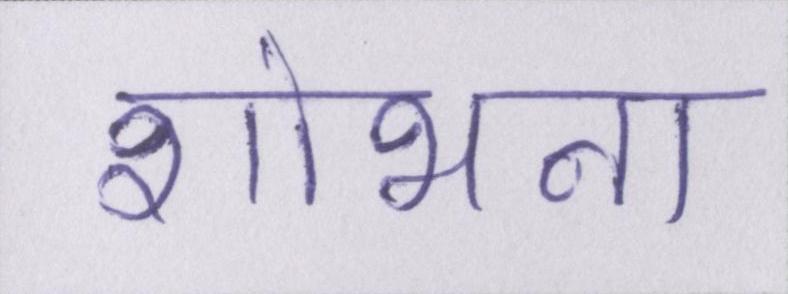
शोभना